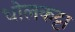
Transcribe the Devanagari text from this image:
धोलकट्टा